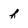
Character: h